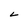
Character: L